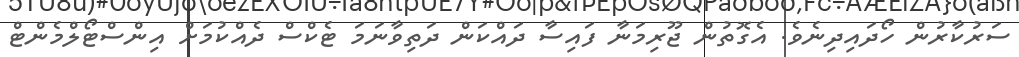
ސަރުކާރުން ހޯދައިދިނެވެ. އެގޮތުން ޖޫރިމަނާ ފައިސާ ދައްކަން ދަތިވާނަމަ ޓެކްސް ދެއްކުމަށް އިންސްޓޯލްމެންޓް